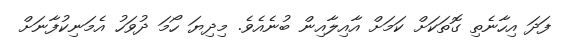
ފަދަ އިހާނެތި ގޮތަކަށް ކަމަށް އާއިލާއިން ބުނެއެވެ. މިދިޔަ ހޯމަ ދުވަހު އެމަނިކުފާނަށް